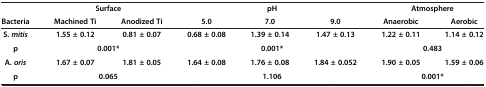
<table><thead><tr><td><b> </b></td><td colspan="2"><b>Surface</b></td><td colspan="3"><b>pH</b></td><td colspan="2"><b>Atmosphere</b></td></tr><tr><td><b>Bacteria</b></td><td><b>Machined Ti</b></td><td><b>Anodized Ti</b></td><td><b>5.0</b></td><td><b>7.0</b></td><td><b>9.0</b></td><td><b>Anaerobic</b></td><td><b>Aerobic</b></td></tr></thead><tbody><tr><td><b>S. </b><b><i>mitis</i></b></td><td><b>1.55 ± 0.12</b></td><td><b>0.81 ± 0.07</b></td><td><b>0.68 ± 0.08</b></td><td><b>1.39 ± 0.14</b></td><td><b>1.47 ± 0.13</b></td><td><b>1.22 ± 0.11</b></td><td><b>1.14 ± 0.12</b></td></tr><tr><td><b>p</b></td><td colspan="2"><b>0.001*</b></td><td colspan="3"><b>0.001*</b></td><td colspan="2"><b>0.483</b></td></tr><tr><td><b>A. </b><b><i>oris</i></b></td><td><b>1.67 ± 0.07</b></td><td><b>1.81 ± 0.05</b></td><td><b>1.64 ± 0.08</b></td><td><b>1.76 ± 0.08</b></td><td><b>1.84 ± 0.052</b></td><td><b>1.90 ± 0.05</b></td><td><b>1.59 ± 0.06</b></td></tr><tr><td><b>p</b></td><td colspan="2"><b>0.065</b></td><td colspan="3"><b>1.106</b></td><td colspan="2"><b>0.001*</b></td></tr></tbody></table>